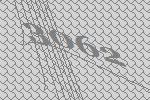
3062